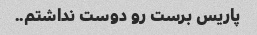
پاریس برست رو دوست نداشتم..